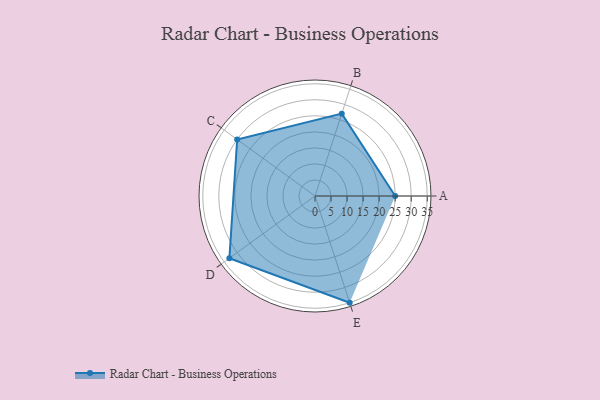
{"axis": {"x": "Skill", "y": "Score"}, "legend": ["Profile"], "data": [{"x": "A", "y": 25.0, "type": "Profile"}, {"x": "B", "y": 27.0, "type": "Profile"}, {"x": "C", "y": 30.0, "type": "Profile"}, {"x": "D", "y": 33.0, "type": "Profile"}, {"x": "E", "y": 35.0, "type": "Profile"}]}